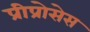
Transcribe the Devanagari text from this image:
प्रीप्रोसेस